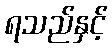
ရသည်နှင့်